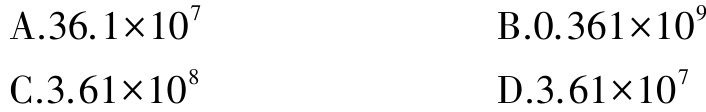
A.$36.1\times10^{7}$

B.$0.361\times10^{9}$

C.$3.61\times10^{8}$

D.$3.61\times10^{7}$